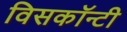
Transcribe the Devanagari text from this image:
विसकॉन्टी